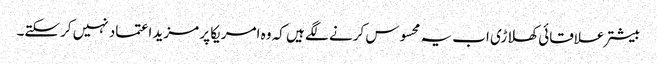
بیشتر علاقائی کھلاڑی اب یہ محسوس کرنے لگے ہیں کہ وہ امریکا پر مزید اعتماد نہیں کرسکتے۔